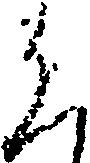
く